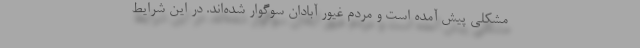
مشکلی پیش آمده است و مردم غیور آبادان سوگوار شده‌اند. در این شرایط